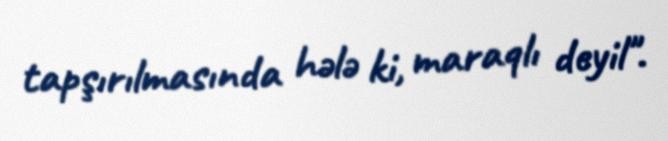
tapşırılmasında hələ ki, maraqlı deyil".